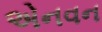
એનવન